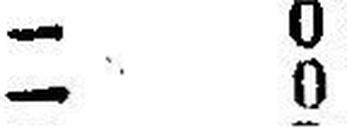
— 0